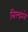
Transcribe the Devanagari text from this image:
बिल्डरने